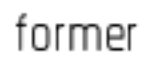
former